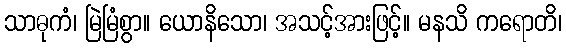
သာဓုကံ၊ မြဲမြံစွာ။ ယောနိသော၊ အသင့်အားဖြင့်။ မနသိ ကရောတိ၊